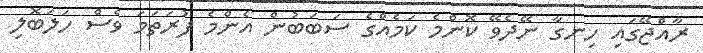
ރާއްޖޭގައި ހިނގާ ނޭދެވޭ ކޮންމެ ކަމެއްގެ ސަބަބުން އެންމެ ފުރަތަމަ ވެސް ހަލަބޮލި